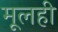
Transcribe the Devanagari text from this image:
मूलही